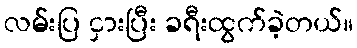
လမ်းပြ ငှားပြီး ခရီးထွက်ခဲ့တယ်။